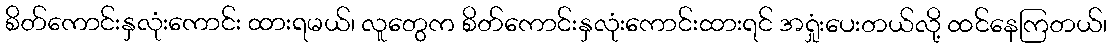
စိတ်ကောင်းနှလုံးကောင်း ထားရမယ်၊ လူတွေက စိတ်ကောင်းနှလုံးကောင်းထားရင် အရှုံးပေးတယ်လို့ ထင်နေကြတယ်၊